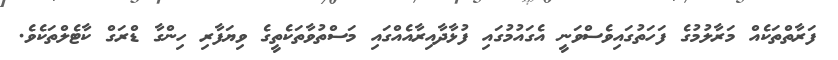
ފަރާތްތަކެއް މަރާލުމުގެ ފަހަތުގައިވެސްވަނީ އެގައުމުގައި ފުޅާދާއިރާއެއްގައި މަސްތުވާތަކެތީގެ ވިޔަފާރި ހިންގާ ޑްރަގް ކާޓެލްތަކެވެ.